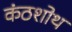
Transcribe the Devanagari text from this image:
कंठशोथ